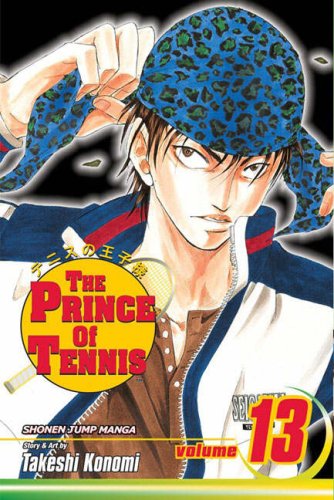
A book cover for The Prince of Tennis, Vol. 13 (v. 13); Takeshi Konomi; Comics & Graphic Novels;